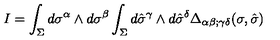
I = \int _ { \Sigma } d \sigma ^ { \alpha } \wedge d \sigma ^ { \beta } \int _ { \Sigma } d \hat { \sigma } ^ { \gamma } \wedge d \hat { \sigma } ^ { \delta } \Delta _ { \alpha \beta ; \gamma \delta } ( \sigma , \hat { \sigma } )